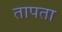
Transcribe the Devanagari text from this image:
तापता